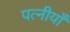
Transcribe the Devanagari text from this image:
पत्नीयाँ